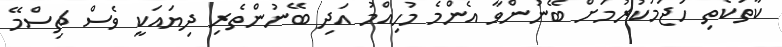
ކާތަކެތި ހަޖަމުކުރުމަށް ބޭނުންވާ އެންމެ މުހިއްމު އަދި ބޭނުންތެރި ދިޔައަކީ ވެސް ޗިސްމޭ